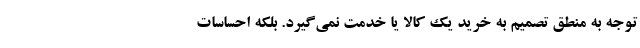
توجه به منطق تصمیم به خرید یک کالا یا خدمت نمی‌گیرد. بلکه احساسات